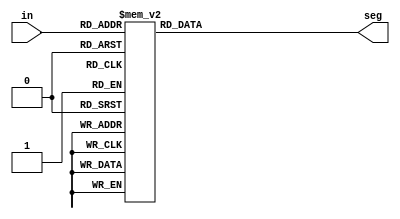
module BCD_to_seven_segment(in, seg);
input [3:0] in;
output reg [6:0] seg;

always@(in) begin
    case(in)
      4'b0000: seg = 7'b1000000;    // 0
      4'b0001: seg = 7'b1111001;    // 1
      4'b0010: seg = 7'b0100100;    // 2
      4'b0011: seg = 7'b0110000;    // 3
      4'b0100: seg = 7'b0011001;    // 4
      4'b0101: seg = 7'b0010010;    // 5
      4'b0110: seg = 7'b0000010;    // 6
      4'b0111: seg = 7'b1111000;    // 7
      4'b1000: seg = 7'b0000000;    // 8
      4'b1001: seg = 7'b0010000;    // 9
      default: seg = 7'b1111111;    // blank
    endcase
  end
endmodule